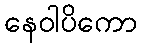
နေဝါပိကော